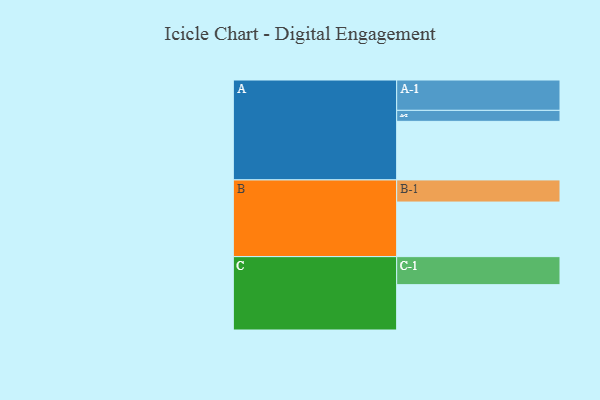
{"axis": {"x": "Segment", "y": "Value"}, "legend": ["", "A", "B", "C"], "data": [{"x": "A", "y": 527, "type": ""}, {"x": "B", "y": 491, "type": ""}, {"x": "C", "y": 408, "type": ""}, {"x": "A-1", "y": 273, "type": "A"}, {"x": "A-2", "y": 99, "type": "A"}, {"x": "B-1", "y": 199, "type": "B"}, {"x": "C-1", "y": 252, "type": "C"}]}